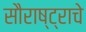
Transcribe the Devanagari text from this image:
सौराष्ट्राचे